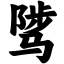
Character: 骘